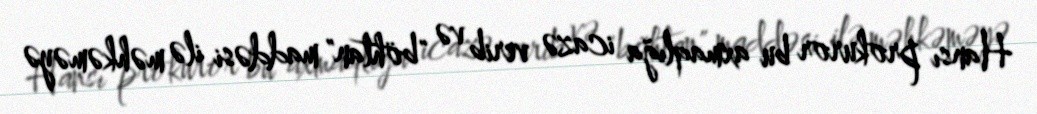
Hansı prokuror bu axmaqlığa icazə verib və "böhtan" maddəsi ilə məhkəməyə